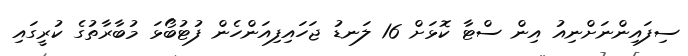
ސިފައިންނަށްނިއު އިން ސްޓާ ކޮޅަށް 16 ލަނޑު ޖަހައިފިއަންހެން ފުޓުބޯޅަ މުބާރާތުގެ ކުރީގައި